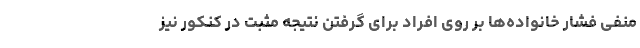
منفی فشار خانواده‌ها بر روی افراد برای گرفتن نتیجه مثبت در کنکور نیز